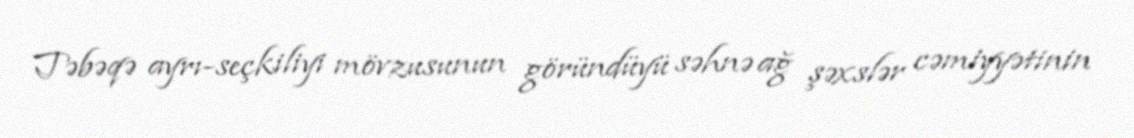
Təbəqə ayrı-seçkiliyi mövzusunun göründüyü səhnə ağ şəxslər cəmiyyətinin